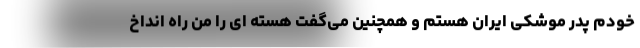
خودم پدر موشکی ایران هستم و همچنین می‌گفت هسته ای را من راه انداخ